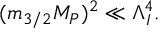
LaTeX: ( m _ { 3 / 2 } M _ { P } ) ^ { 2 } \ll \Lambda _ { I } ^ { 4 } .